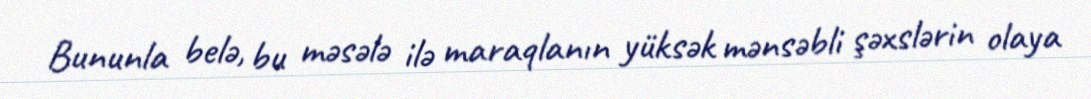
Bununla belə, bu məsələ ilə maraqlanın yüksək mənsəbli şəxslərin olaya